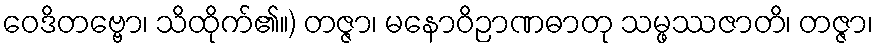
ဝေဒိတဗ္ဗော၊ သိထိုက်၏။) တဇ္ဇာ၊ မနောဝိဉာဏဓာတု သမ္ဖဿဇာတိ၊ တဇ္ဇာ၊